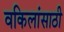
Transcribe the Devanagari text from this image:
वकिलांसाठी